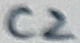
Text: C2